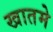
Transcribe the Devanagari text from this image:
खातमे